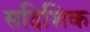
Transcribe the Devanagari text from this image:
सदिशिक